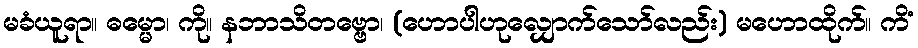
မခံယူရာ။ ဓမ္မော၊ ကို။ နဘာသိတဗ္ဗော၊ (ဟောပါဟုလျှောက်သော်လည်း) မဟောထိုက်။ ကိံ